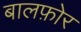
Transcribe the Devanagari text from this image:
बालफ़ोर